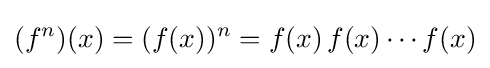
(f^{n})(x)=(f(x))^{n}=f(x)\,f(x)\cdots f(x)